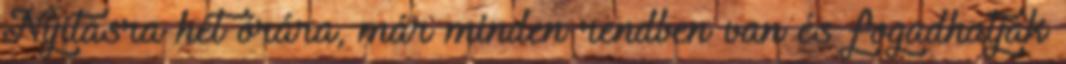
Nyitásra hét órára, már minden rendben van és fogadhatják